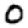
Digit: 0